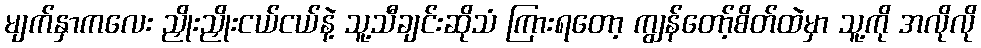
မျက်နှာကလေး ညှိုးညှိုးငယ်ငယ်နဲ့ သူ့သီချင်းဆိုသံ ကြားရတော့ ကျွန်တော့်စိတ်ထဲမှာ သူ့ကို အလိုလို